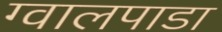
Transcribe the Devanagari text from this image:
ग्वालपाडा